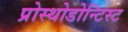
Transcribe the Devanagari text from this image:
प्रोस्थोडोन्टिस्ट